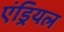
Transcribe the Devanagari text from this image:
एंड्रियल